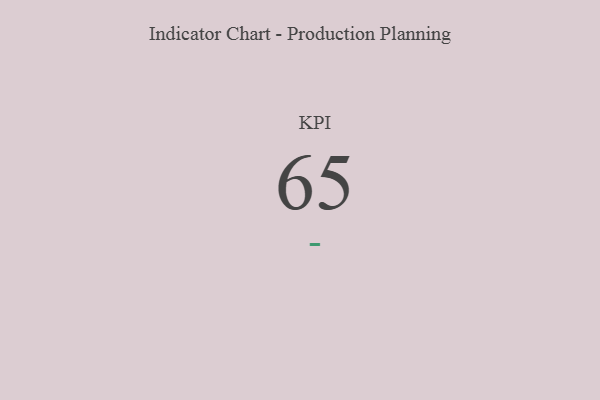
{"axis": {"x": "KPI", "y": "Value"}, "legend": [""], "data": [{"x": "KPI", "y": 65, "type": ""}]}